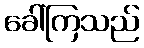
ခေါ်ကြသည်